Source: Handwritten
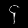
Digit: ၄ (4)